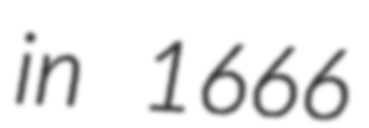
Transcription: in 1666